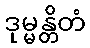
ဒုမ္မန္တိတံ